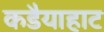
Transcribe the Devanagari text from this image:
कडैयाहाट